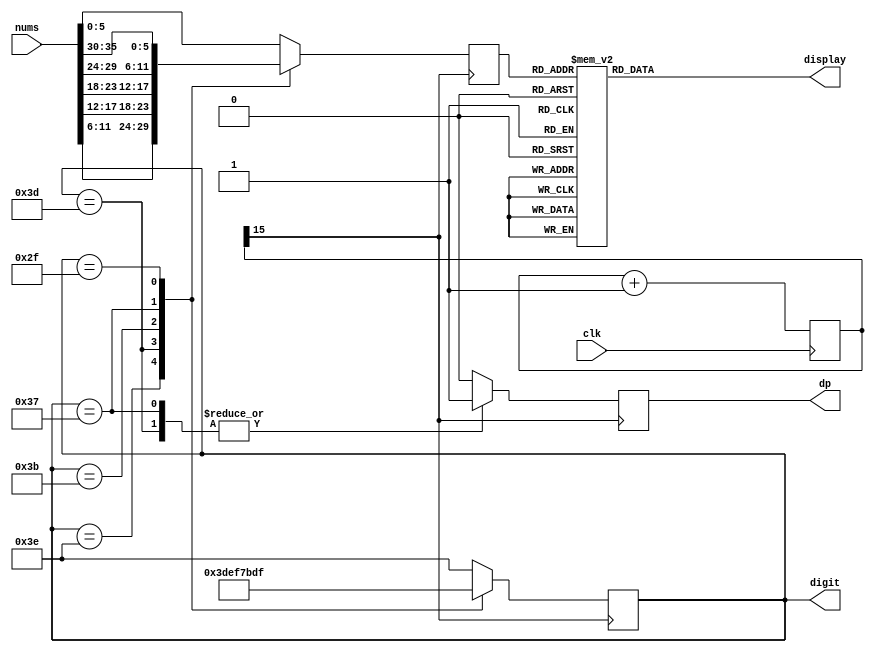
`define one 7'b0000110
`define two 7'b1011011
`define three 7'b1001111
`define four 7'b1100110
`define five 7'b1101101
`define six 7'b1111101
`define seven 7'b0000111
`define eight 7'b1111111
`define nine 7'b1101111
`define zero 7'b0111111

`define alpha_a 7'b1011111
`define alpha_b 7'b1111100
`define alpha_c 7'b1011000
`define alpha_d 7'b1011110
`define alpha_e 7'b1111001
`define alpha_f 7'b1110001
`define alpha_g 7'b0111101
`define alpha_h 7'b1110100
`define alpha_i 7'b0010001
`define alpha_j 7'b0001101
`define alpha_k 7'b1110101
`define alpha_l 7'b0111000
`define alpha_m 7'b1010101
`define alpha_n 7'b1010100
`define alpha_o 7'b1011100
`define alpha_p 7'b1110011
`define alpha_q 7'b1100111
`define alpha_r 7'b1010000
`define alpha_s 7'b0101101
`define alpha_t 7'b1111000
`define alpha_u 7'b0011100
`define alpha_v 7'b0101010
`define alpha_w 7'b1101010
`define alpha_x 7'b0010100
`define alpha_y 7'b1101110
`define alpha_z 7'b0011011

module SevenSegment(
	output reg [6:0] display,
	output reg [5:0] digit,
	output reg dp,
	input wire [35:0] nums,
	input wire clk
    );
    
    reg [15:0] clk_divider;
    reg [5:0] display_num;
    
    always @ (posedge clk) begin
        clk_divider <= clk_divider + 15'b1;
    end
    
    always @ (posedge clk_divider[15]) begin
        case (digit)
            6'b111110 : begin
                    display_num <= nums[11:6];
                    dp = 0;
                    digit <= 6'b111101;
                end
            6'b111101 : begin
                    display_num <= nums[17:12];
                    dp = 1;
                    digit <= 6'b111011;
                end
            6'b111011 : begin
                    display_num <= nums[23:18];
                    dp = 0;
                    digit <= 6'b110111;
                end
            6'b110111 : begin
                    display_num <= nums[29:24];
                    dp = 1;
                    digit <= 6'b101111;
                end
            6'b101111 : begin
                    display_num <= nums[35:30];
                    dp = 0;
                    digit <= 6'b011111;
                end
            6'b011111 : begin
                    display_num <= nums[5:0];
                    dp = 0;
                    digit <= 6'b111110;
                end                                
            default : begin
                    display_num <= nums[5:0];
                    dp = 0;
                    digit <= 6'b111110;
                end				
        endcase
    end        
            
    always @ (*) begin
    	case (display_num)
    		0 : display = `zero;
			1 : display = `one;                                                
			2 : display = `two;                                                 
			3 : display = `three;                                              
			4 : display = `four;                                                
			5 : display = `five;                                                
			6 : display = `six; 
			7 : display = `seven;
			8 : display = `eight;
			9 : display = `nine;
    		10 : display = `alpha_q;
			11 : display = `alpha_w;                                                
			12 : display = `alpha_e;                                                 
			13 : display = `alpha_r;                                              
			14 : display = `alpha_t;                                                
			15 : display = `alpha_y;                                                
			16 : display = `alpha_u; 
			17 : display = `alpha_i; 
			18 : display = `alpha_o;
			19 : display = `alpha_p;
    		20 : display = `alpha_a;
			21 : display = `alpha_s;                                       
			22 : display = `alpha_d;                                                
			23 : display = `alpha_f;                                              
			24 : display = `alpha_g;                                                
			25 : display = `alpha_h;                                                
			26 : display = `alpha_j; 
			27 : display = `alpha_k; 
			28 : display = `alpha_l; 
			29 : display = `alpha_z; 
    		30 : display = `alpha_x; 
			31 : display = `alpha_c;                                                 
			32 : display = `alpha_v;                                                 
			33 : display = `alpha_b;                                              
			34 : display = `alpha_n;                                                
			35 : display = `alpha_m;                                                											
			default : display = 7'b1000000;
    	endcase
    end
    
endmodule